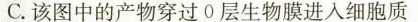
C.该图中的产物穿过0层生物膜进入细胞质